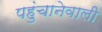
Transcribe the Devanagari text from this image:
पहुंचानेवाली